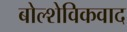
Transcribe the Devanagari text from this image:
बोल्शेविकवाद